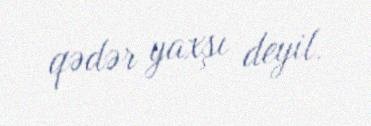
qədər yaxşı deyil.